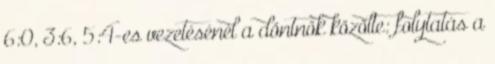
6:0, 3:6, 5:4-es vezetésénél a döntnök közölte: folytatás a